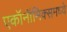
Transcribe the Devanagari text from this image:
एकॉनॉमिक्समध्ये